Report on sanitation, dispensaries, and jails in Rajputana for 1914, and on vaccination for the year 1914-1915 - 1914-1915
Year: 1914
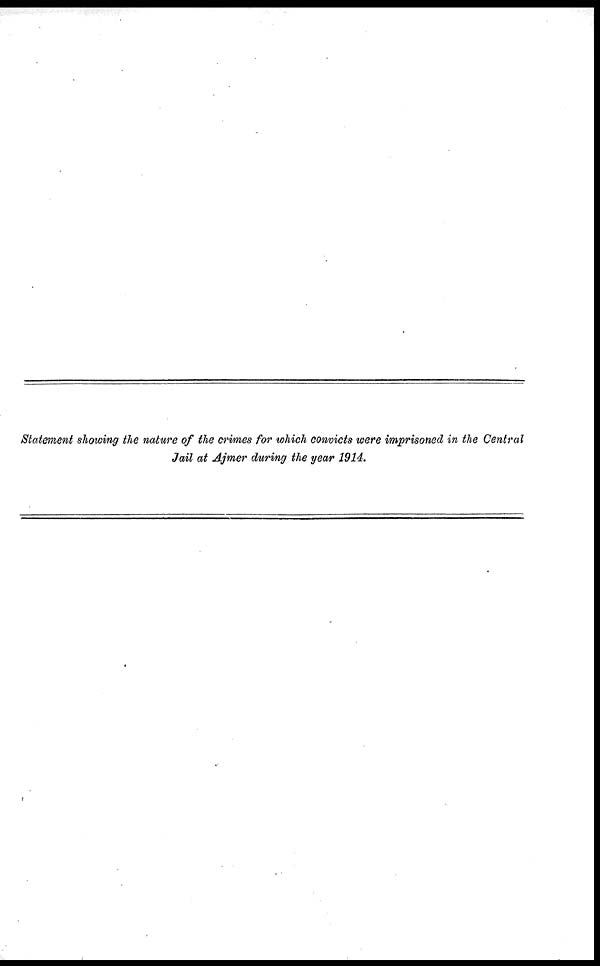
Statement showing the nature of the crimes for which convicts were imprisoned in the Central
Jail at Ajmer during the year 1914.